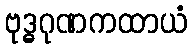
ဗုဒ္ဓဂုဏကထာယံ